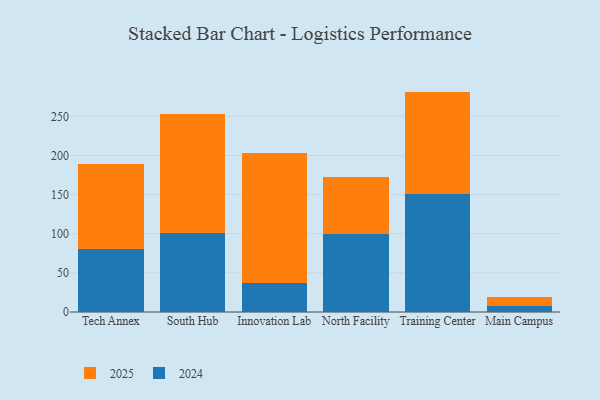
{"axis": {"x": "Campus", "y": "Active Users"}, "legend": ["2024", "2025"], "data": [{"x": "Tech Annex", "y": 108.7, "type": "2025"}, {"x": "Tech Annex", "y": 80.5, "type": "2024"}, {"x": "South Hub", "y": 152.2, "type": "2025"}, {"x": "South Hub", "y": 101.4, "type": "2024"}, {"x": "Innovation Lab", "y": 166.6, "type": "2025"}, {"x": "Innovation Lab", "y": 36.8, "type": "2024"}, {"x": "North Facility", "y": 72.9, "type": "2025"}, {"x": "North Facility", "y": 99.6, "type": "2024"}, {"x": "Training Center", "y": 130.9, "type": "2025"}, {"x": "Training Center", "y": 150.7, "type": "2024"}, {"x": "Main Campus", "y": 11.2, "type": "2025"}, {"x": "Main Campus", "y": 7.7, "type": "2024"}]}